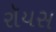
રૉયસ